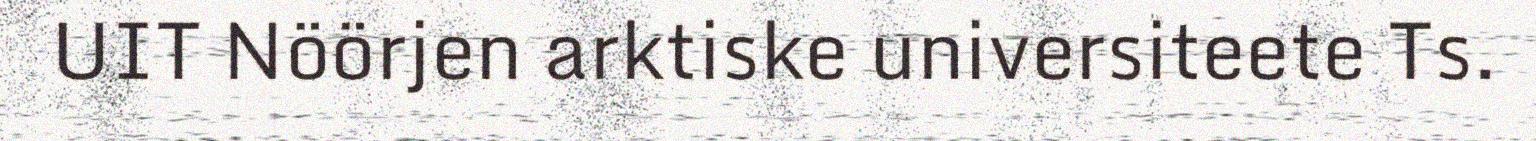
UIT Nöörjen arktiske universiteete Ts.